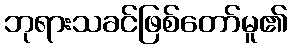
ဘုရားသခင်ဖြစ်တော်မူ၏